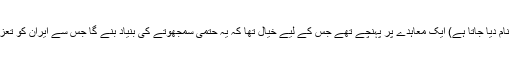
اپریل میں، ایران اور امریکہ، روس، چین، فرانس، برطانیہ اور جرمنی (جنھیں پی فائیو پلس ون گروپ کا نام دیا جاتا ہے) ایک معاہدے پر پہنچے تھے جس کے لیے خیال تھا کہ یہ حتمی سمجھوتے کی بنیاد بنے گا جس سے ایران کو تعزیرات میں نرمی دی جائے گی، جب کہ ایٹمی ہتھیار بنانے کی ایران کی صلاحیت کو محدود کیا جائے گا۔